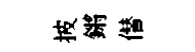
披鏘僣